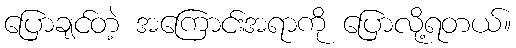
ပြောချင်တဲ့ အကြောင်းအရာကို ပြောလို့ရတယ်။